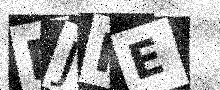
Text: MJIE